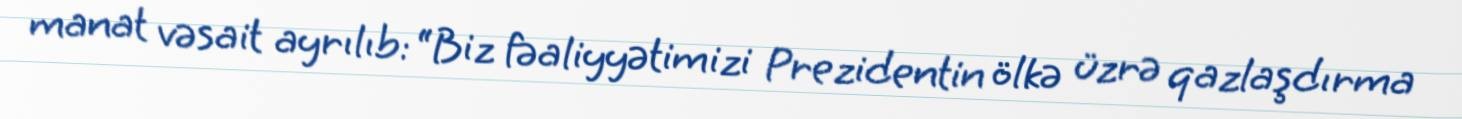
manat vəsait ayrılıb: “Biz fəaliyyətimizi Prezidentin ölkə üzrə qazlaşdırma